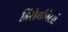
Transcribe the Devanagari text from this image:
डिसेमीनेटर्स